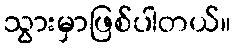
သွားမှာဖြစ်ပါတယ်။